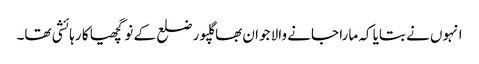
انہوں نے بتایا کہ مارا جانے والا جوان بھاگلپور ضلع کے نوگچھیا کا رہائشی تھا۔